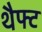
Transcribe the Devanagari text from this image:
थैफ्ट